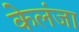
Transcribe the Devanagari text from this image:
केलंजा